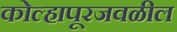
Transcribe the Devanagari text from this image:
कोल्हापूरजवळील